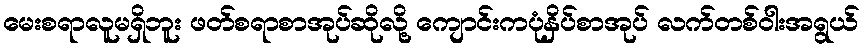
မေးစရာလူမရှိဘူး ဖတ်စရာစာအုပ်ဆိုလို့ ကျောင်းကပုံနှိပ်စာအုပ် လက်တစ်ဝါးအရွယ်